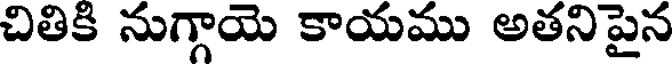
చితికి నుగ్గాయె కాయము అతనిపైన